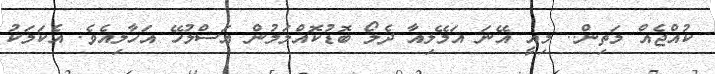
ކުއްޖެއް މަތިން.. މިއީ އޭނަ އަމޭލިއާ ދެލޯ ބޮޑުކޮއްލަމުން އަސްލުހޭ އަހާލިއެވެ. އެކަމަކު